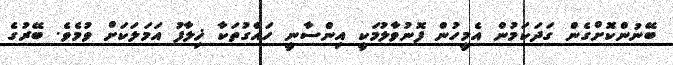
ބޭނުންކޮށްގެން ގަދަކަމުން އެމީހުން ފޮނުވާލުމަކީ އިންސާނީ ހައްގުތަކާ ޚިލާފު އަމަލަކަށް ވުމެވެ. ބޭރުގެ